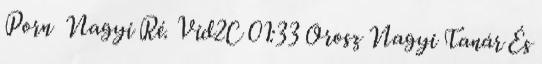
Porn Nagyi Ré. Vid2C 01:33 Orosz Nagyi Tanár És